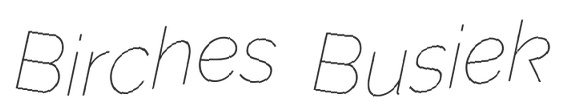
Birches Busiek